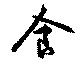
食